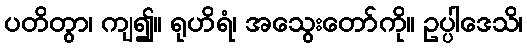
ပတိတွာ၊ ကျ၍။ ရုဟိရံ၊ အသွေးတော်ကို။ ဥပ္ပါဒေသိ၊